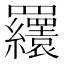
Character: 𦍆